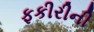
ફકીરીની